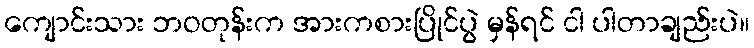
ကျောင်းသား ဘဝတုန်းက အားကစားပြိုင်ပွဲ မှန်ရင် ငါ ပါတာချည်းပဲ။